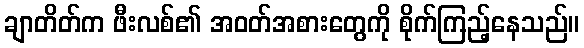
ချာတိတ်က ဖီးလစ်၏ အဝတ်အစားတွေကို စိုက်ကြည့်နေသည်။